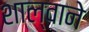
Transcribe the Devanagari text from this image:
शाल्वाने